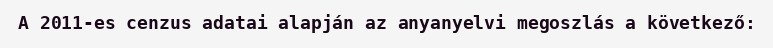
A 2011-es cenzus adatai alapján az anyanyelvi megoszlás a következő: